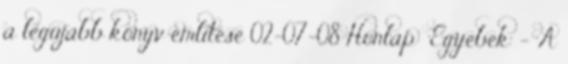
a legújabb könyv említése 02-07-08 Honlap: 'Egyebek' - 'A